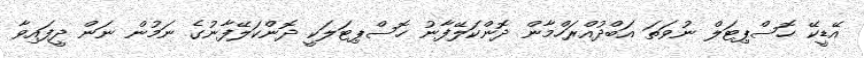
އޭޑީކޭ ހޮސްޕިޓަލް ނުވަތަ އަބްދުއްރަހްމާން ދޮންކަލޭފާނު ހޮސްޕިޓަލަކީ ދޮންކަލޭފާނުގެ ނަމުން ނަން ދީފައިވާ